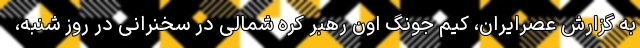
به گزارش عصرایران، کیم جونگ اون رهبر کره شمالی در سخنرانی در روز شنبه،